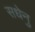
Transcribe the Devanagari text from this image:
सधेनु